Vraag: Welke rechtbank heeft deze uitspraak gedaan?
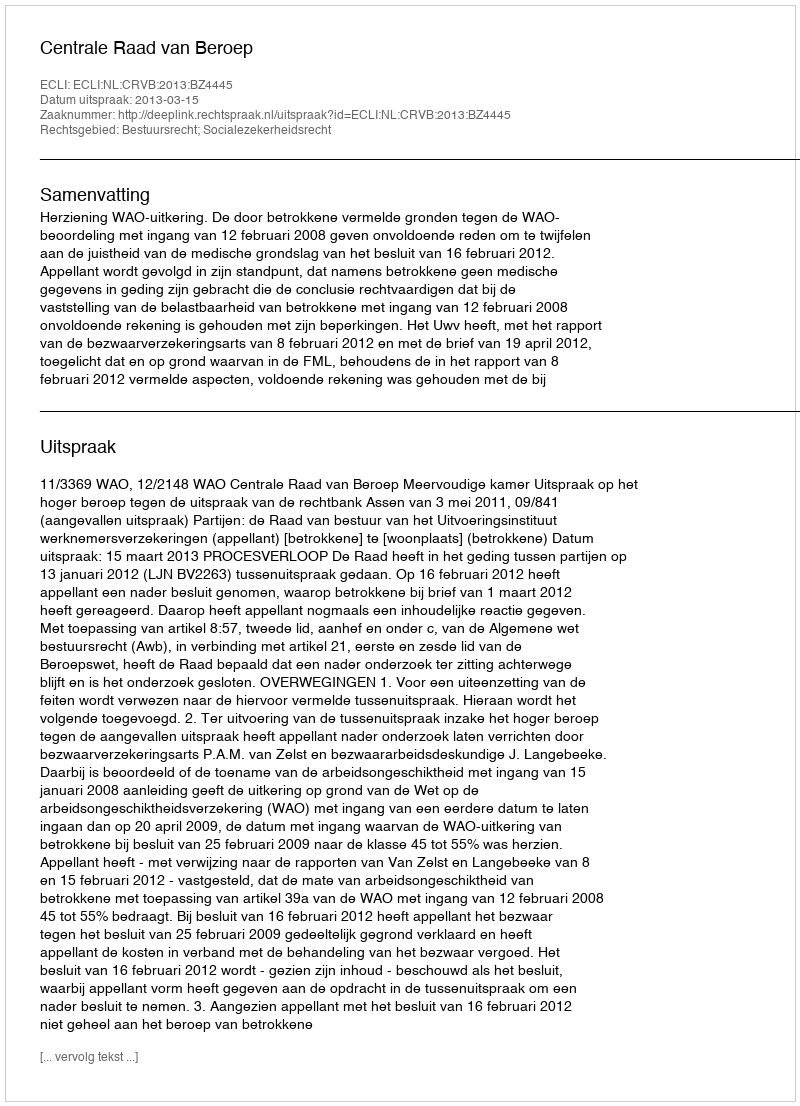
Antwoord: Centrale Raad van Beroep